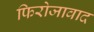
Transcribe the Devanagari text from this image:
फिरोजावाद